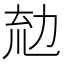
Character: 𠡤